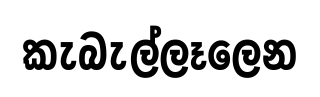
කැබැල්ලෑලෙන